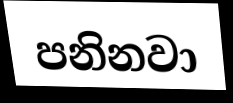
පනිනවා